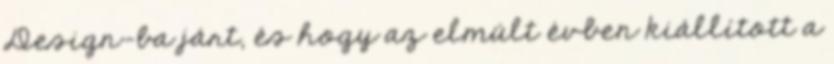
Design-ba járt, és hogy az elmúlt évben kiállított a